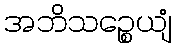
အဘိသဉ္စေယျံ